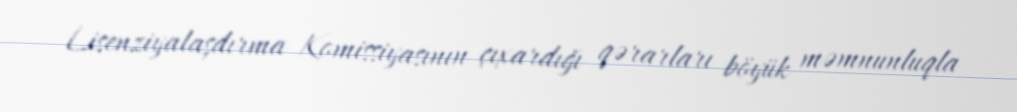
Lisenziyalaşdırma Komissiyasının çıxardığı qərarları böyük məmnunluqla